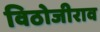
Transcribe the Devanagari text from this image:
विठोजीराव